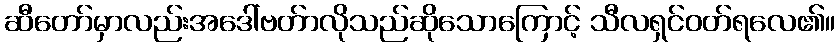
ဆီတော်မှာလည်းအဒေါ်ဗတ်ာလိုသည်ဆိုသောကြောင့် သီလရှင်ဝတ်ရလေ၏။